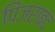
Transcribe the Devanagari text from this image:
पिंजराबंद